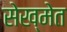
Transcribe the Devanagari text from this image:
सेख्मेत